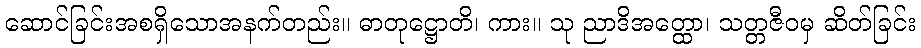
ဆောင်ခြင်းအစရှိသောအနက်တည်း။ ဓာတုဋ္ဌောတိ၊ ကား။ သု ညာဒိအတ္ထော၊ သတ္တဇီဝမှ ဆိတ်ခြင်း